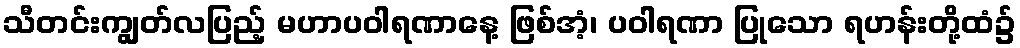
သီတင်းကျွတ်လပြည့် မဟာပဝါရဏာနေ့ ဖြစ်အံ့၊ ပဝါရဏာ ပြုသော ရဟန်းတို့ထံ၌